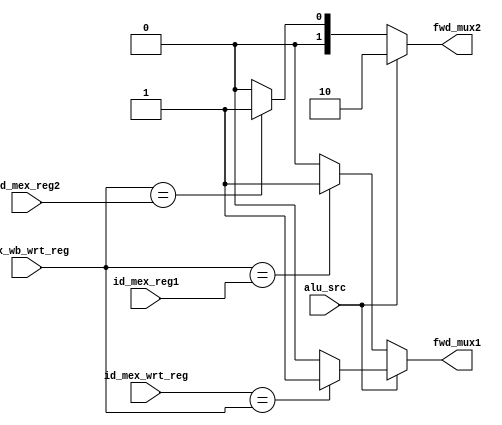
module forwarding_unit (
    input [2:0] mex_wb_wrt_reg,
    input [2:0] id_mex_reg1,
    input [2:0] id_mex_reg2,
    input [2:0] id_mex_wrt_reg,
    input alu_src,
    output fwd_mux1,            // First ALU mux selector
    output [1:0] fwd_mux2       // Second ALU mux selector
);

    reg [1:0] out1;
    reg [1:0] out2;
    
    always @ (id_mex_wrt_reg or id_mex_reg1 or id_mex_reg2 or mex_wb_wrt_reg ) begin
        // use immediate value
        if (alu_src) begin
            out2 = 2'b10;
            // write register of current instruction is equal to write register
            // of previous instruction. Forward value to be written on previous
            // write register
            if (id_mex_wrt_reg == mex_wb_wrt_reg) out1 =2'b1;
            // different write registers. No forwarding necessary
            else out1 = 2'b0;
		end
        // Write register of previous instruction = current register 1
        // previous: load     $t1, $imm
        // current:  set from $t1, $s2   # $s2 = $t1
        else begin
            if (mex_wb_wrt_reg == id_mex_reg1) out1 = 2'b1;
            else  out1 = 2'b0;
            // Write register of previous instruction = current register 2
            // previous: set low  $imm, $1
            // current:  load     $t1, $imm
            if (mex_wb_wrt_reg == id_mex_reg2) out2 = 2'b1;
            else out2 = 2'b0;
            // No forwarding is needed
        end
    end
    
    assign fwd_mux1 = out1;
    assign fwd_mux2 = out2;
    
endmodule